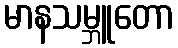
မာနသမ္ဘူတော